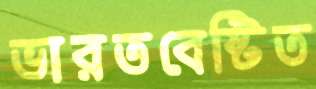
ভারতবেষ্টিত